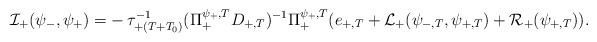
LaTeX: \begin{align*} \mathcal{I}_+(\psi_-,\psi_+) =& -\tau_{+(T+T_0)}^{-1}(\Pi_+^{\psi_+,T}D_{+,T})^{-1}\Pi_+^{\psi_+,T}(e_{+,T} + \mathcal L_+(\psi_{-,T},\psi_{+,T}) + \mathcal{R}_+(\psi_{+,T})).\end{align*}